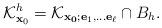
LaTeX: \begin{align*} \mathcal K_{\mathbf x_0}^{h}=\mathcal K_{\mathbf{x_0}; {\mathbf e_1},\ldots {\mathbf e_\ell }}\cap B_{h}.\end{align*}